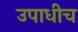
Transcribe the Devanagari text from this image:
उपाधीच